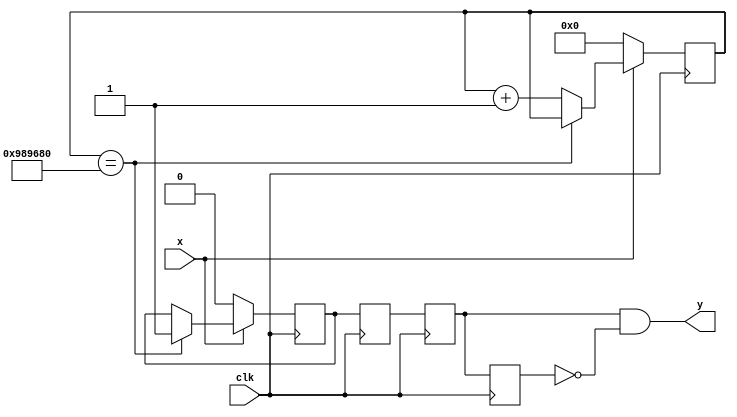
`timescale 1ns / 1ps

module DBPS(
    input clk, 
    input x, 
    output y
    );
    reg [27:0] cnt1;
    reg a;
    initial begin
        cnt1 = 0;
        a = 0;
    end
    //DB
    always @(posedge clk)begin
        if(x == 1) begin 
            if(cnt1 == 10000000) a <= 1;
            else cnt1 <= cnt1 + 1; 
        end
        else begin
            cnt1 <= 0;
            a <= 0;
        end
    end
    //PS
    reg s1, s2, s3;
    initial begin 
        s1 = 0; 
        s2 = 0; 
        s3 = 0; 
    end
    always@(posedge clk)begin
        s1 <= a;
        s2 <= s1;
        s3 <= s2;
    end
    assign y = s2 & (~s3);
endmodule